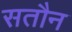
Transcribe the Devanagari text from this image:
सतौन